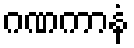
ဂဏကာနံ